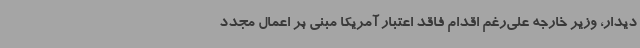
دیدار، وزیر خارجه علی‌رغم اقدام فاقد اعتبار آمریکا مبنی بر اعمال مجدد